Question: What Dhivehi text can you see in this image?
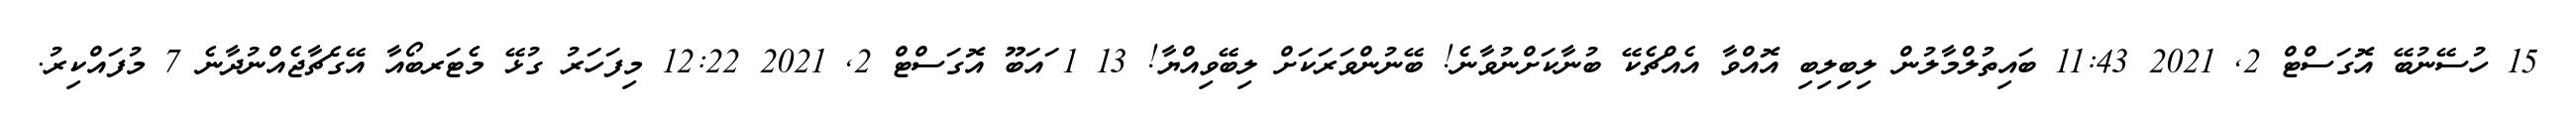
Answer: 15 ހުސޭނުބޭ އޮގަސްޓް 2, 2021 11:43 ބައިތުލްމާލުން ލިބިލިބި އޮއްވާ އެއްޗެކޭ ބުނާކަށްނުވާނެ! ބޭނުންވަރަކަށް ލިބޭވިއްޔާ! 13 1 ައަބޫ އޮގަސްޓް 2, 2021 12:22 މިފަހަރު ގުޅޭ މެޓަރބޯއާ އޭގެޗާޖެއްނުދާނެ 7 މުފައްކިރު.